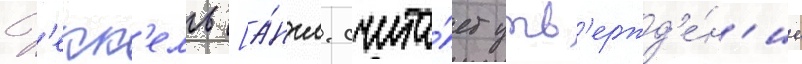
Х'екк'ель [а́нгл. счита́ет утв'ержд'е́н'ие